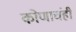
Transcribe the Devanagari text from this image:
कोणाचंही